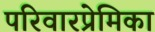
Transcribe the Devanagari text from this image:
परिवारप्रेमिका